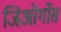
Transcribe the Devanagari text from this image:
जिओर्गोस